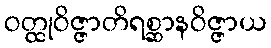
ဝတ္ထုဝိဇ္ဇာတိရစ္ဆာနဝိဇ္ဇာယ